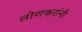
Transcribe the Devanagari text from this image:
लोणकरांनी